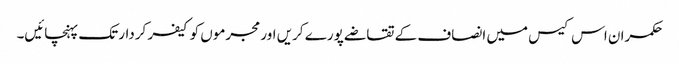
حکمران اس کیس میں انصاف کے تقاضے پورے کریں اور مجرموں کو کیفر کردار تک پہنچائیں۔